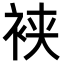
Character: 𬡒